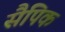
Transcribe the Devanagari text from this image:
सैपिक